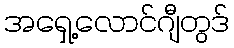
အရှေ့လောင်ဂျီတွဒ်